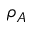
\rho _ { A }